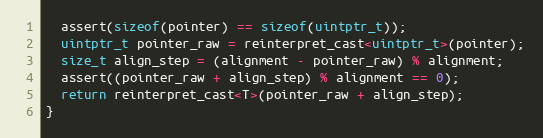
Language: C
  assert(sizeof(pointer) == sizeof(uintptr_t));
  uintptr_t pointer_raw = reinterpret_cast<uintptr_t>(pointer);
  size_t align_step = (alignment - pointer_raw) % alignment;
  assert((pointer_raw + align_step) % alignment == 0);
  return reinterpret_cast<T>(pointer_raw + align_step);
}